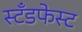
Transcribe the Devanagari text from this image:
स्टँडफेस्ट